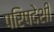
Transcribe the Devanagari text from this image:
परिषदेशी